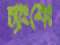
চ্যাংশেং